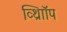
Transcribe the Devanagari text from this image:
व्थ्राॉिंप